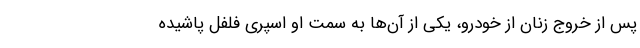
پس از خروج زنان از خودرو، یکی از آن‌ها به سمت او اسپری فلفل پاشیده